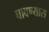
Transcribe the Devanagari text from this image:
चावण्यास